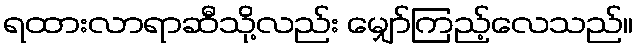
ရထားလာရာဆီသို့လည်း မျှော်ကြည့်လေသည်။